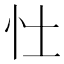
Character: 𪫞